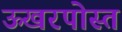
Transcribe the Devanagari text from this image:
ऊखरपोस्त